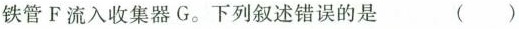
铁管F流入收集器G。下列叙述错误的是 ( )